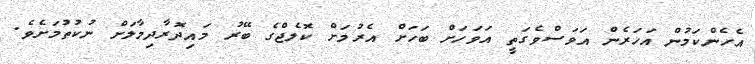
އެހެންކަމުން އަހަރެން އަވަސްވެގަތީ އަވަހަށް ބަހަށް އެރުމަށް ކޮލެޖްގެ ބޭރު މައިދޮރާދިމާލަށް ނުކުތުމަށެވެ.